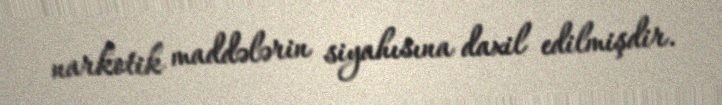
narkotik maddələrin siyahısına daxil edilmişdir.